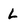
Character: L